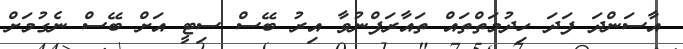
އާސަންދަ ފަދަ ހިދުމަތްތައް ތައާރަފްނުވާ އިރު ބޭސް ސިޓީ އަށް ބޭސް ނެގުމަށް